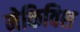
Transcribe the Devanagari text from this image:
मेकिविश